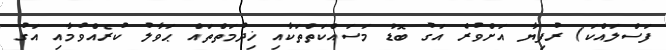
ފަސްލައްކަ) ރުފިޔާ އަށްވުރެ އަގު ބޮޑު މަސައްކަތްތަކާއި ޚިދުމަތްތައް ޙަވާލު ކުރެއްވުމާއި އަގު